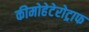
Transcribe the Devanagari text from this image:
कीमोहेटेरोट्राफ